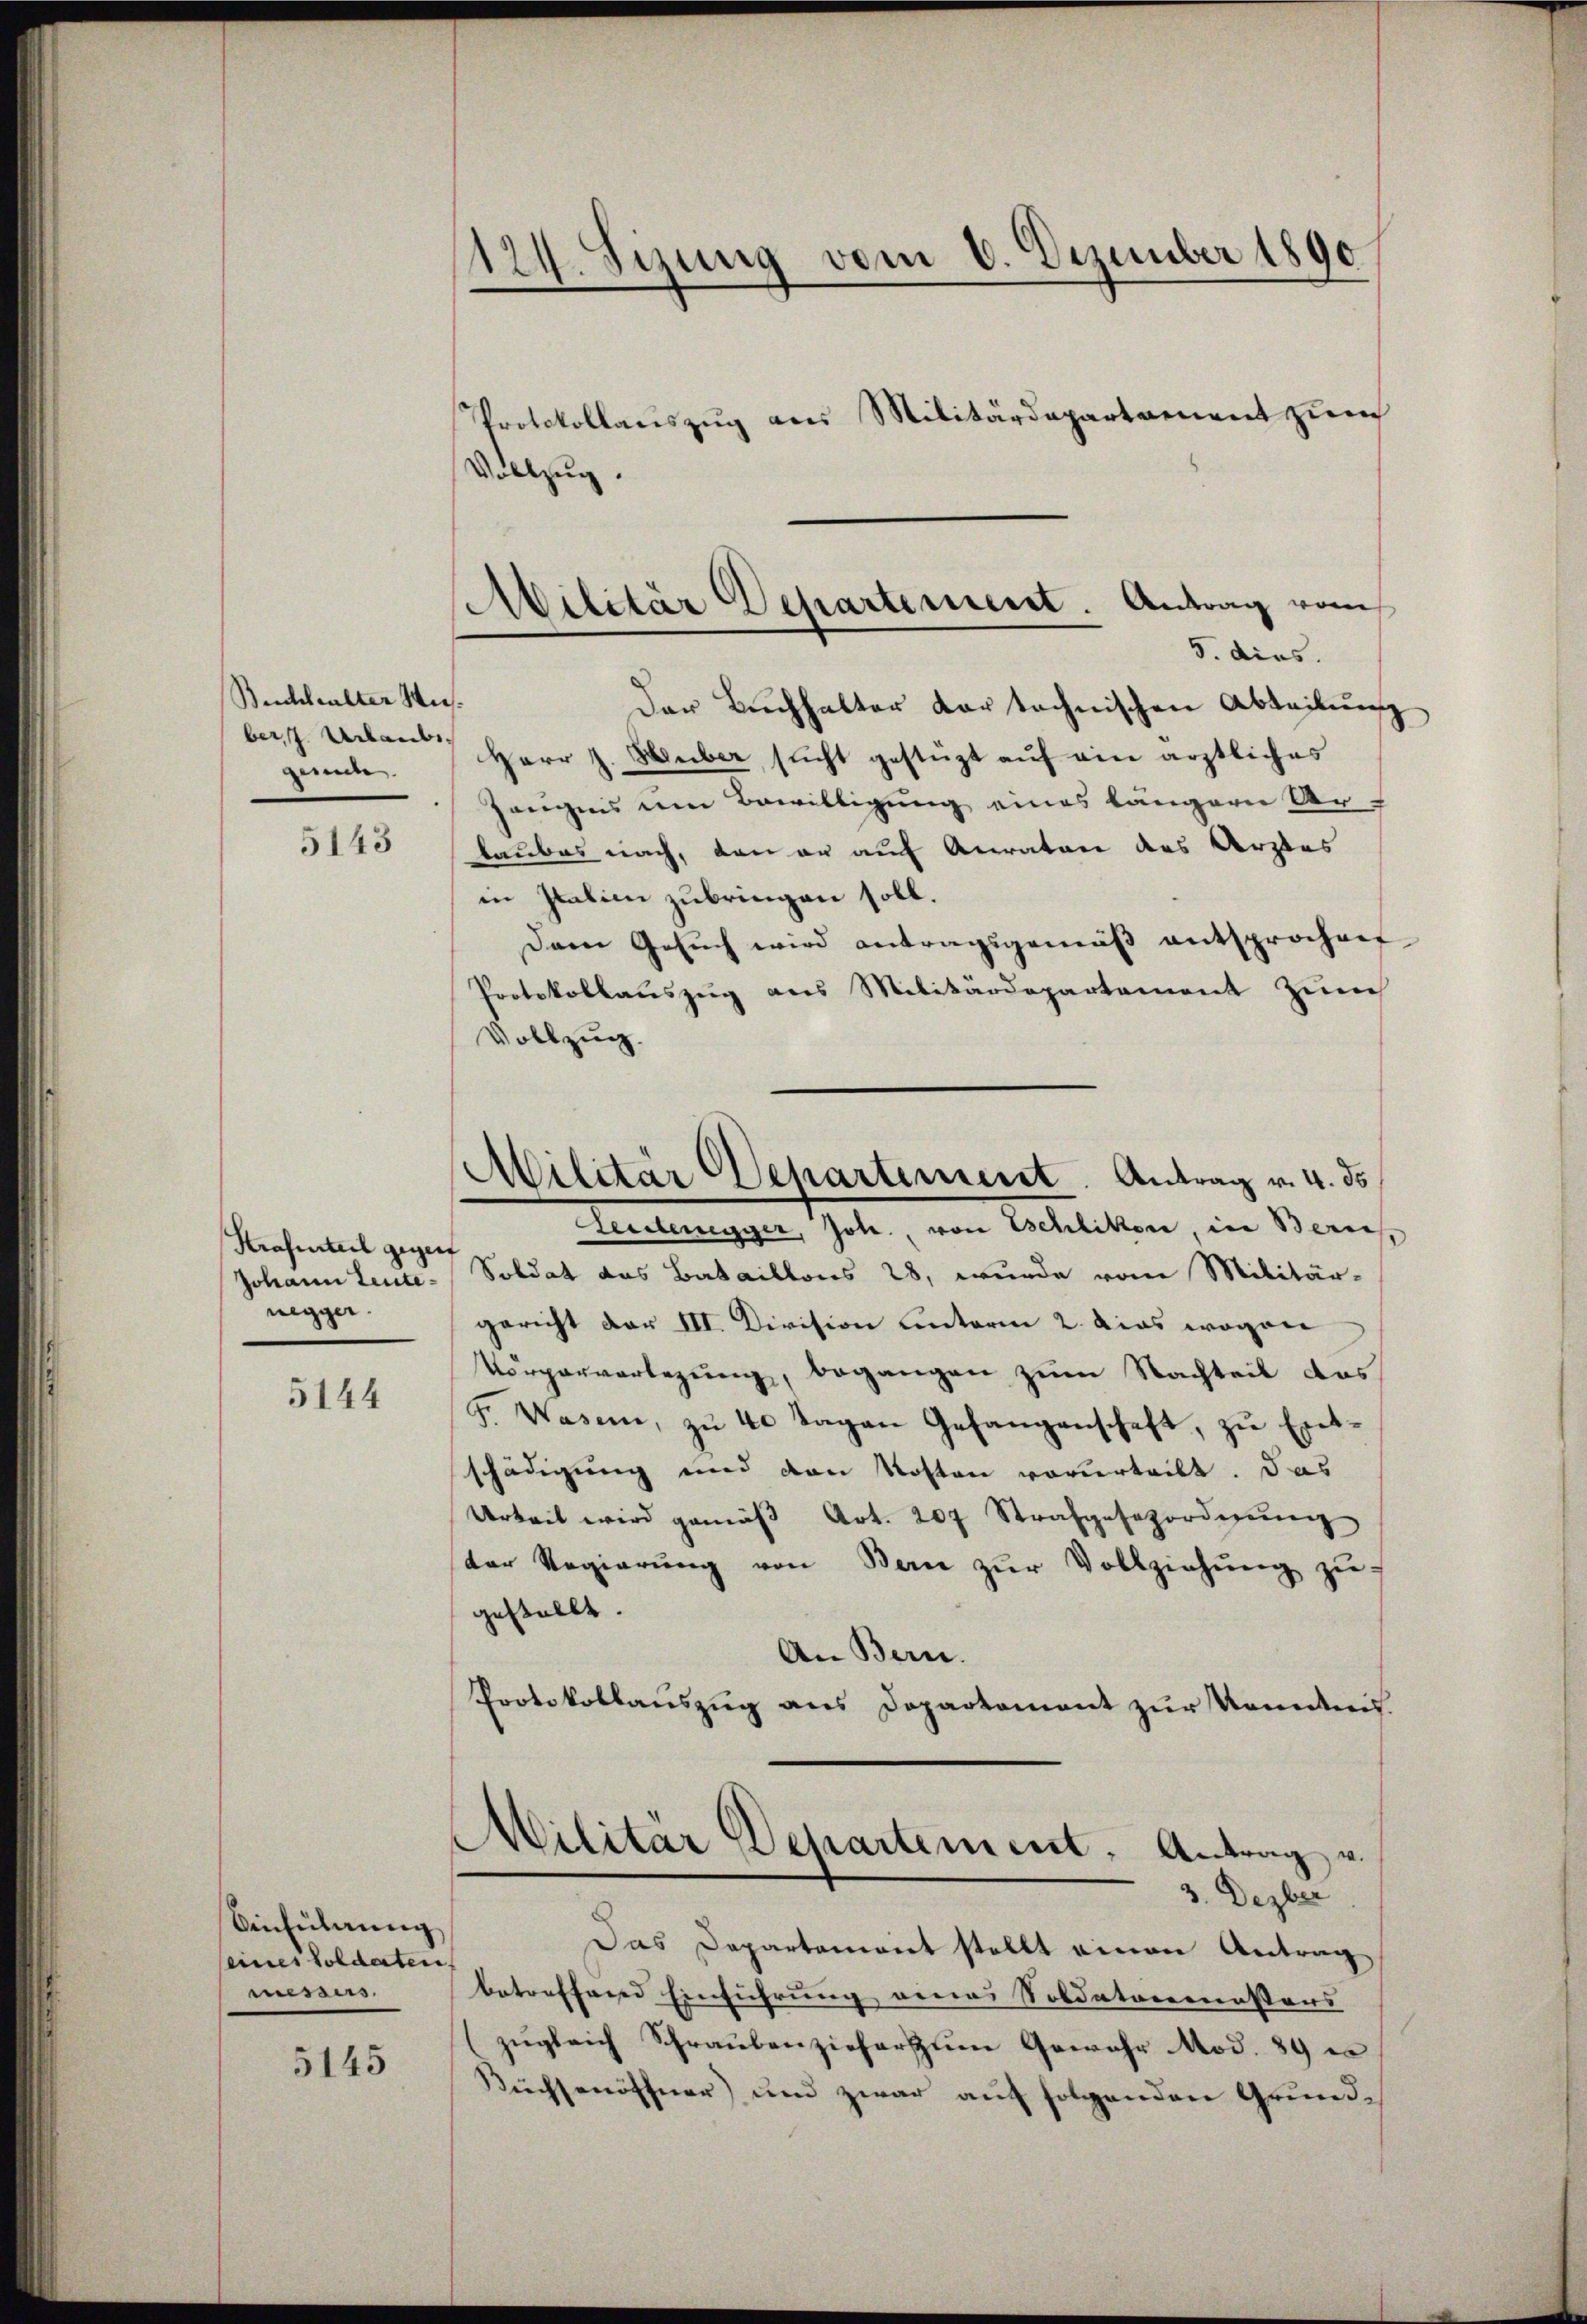
Beichhalter Wies.
ber, 7. Urlaube
genden.

5143

Strafenteil gegen
negger.

5144

Anführung
seines Soldaten.
messus.

5145

124. Seizung vom 6. Dezember 1890
Protokollauszug aus Militärdepartament zum
Vollzug.

Der Buchhalter dar technischen Abteilung
Herr J. Huber sŭcht gestüzt aŭf ein ärztliches
Zeugnis um Bewilligung eines längern Ur-
laubes nach, den an auf Anraten des Arztes
in Italien zubringen soll.
Dem Gesuch wird antragsgemäß entsprochen
Protokollaŭszŭg ans Militärdepartement zum
Vollzug.
Leistenegger, Joh. von Eschliken, in Bern
Johann Leute-Soldat das Bataillons 28, wurde vom Militär-
gericht der III. Division hinterm 2. das wegen
Vörpervertagung, begangen zum Nachteil das
F. Wasen, zu 40 Tagen Gefangenschaft, zu Entschädigung und den Kosten vorurteilt. Das
Urkeit wird gemäβ Art. 207 Strafgesezordigŭng
der Regierŭng von Bern zŭr Vollziehŭng zŭ
gestellt.
An Bern.
Protokollauszug aus Departement zur Kenntnis.
Militär Departement. Antrag u.
3. Dezber
Das Departement stellt einen Antrag
betreffend Einführung eines Soldatarerensters
zŭgleich Schraŭbenzieher zum Gewahr Mod. 89 e
Küchsenöffner) und zwar auf folgenden Grund¬

Militär Departement. Antrag vom
5. dies.

Militär Departement. Antrag v. 4. ds